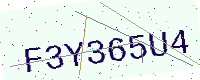
Text: F3Y365U4